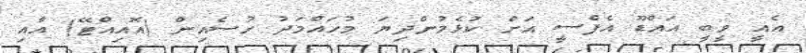
އެއީ ވީބީ އައްޑޫ އެފްސީ އަށް ކުޅެމުންދިޔަ މުހައްމަދު ހުސެއިން (އޮއިއްޓޭ) އާއި